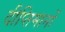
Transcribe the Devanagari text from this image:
दीप्तिमानों